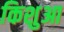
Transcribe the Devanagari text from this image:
किशुआ